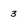
Character: 3